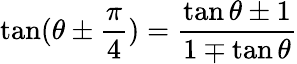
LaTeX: \tan(\theta\pm{\frac{\pi}{4}})={\frac{\tan\theta\pm 1}{1\mp\tan\theta}}